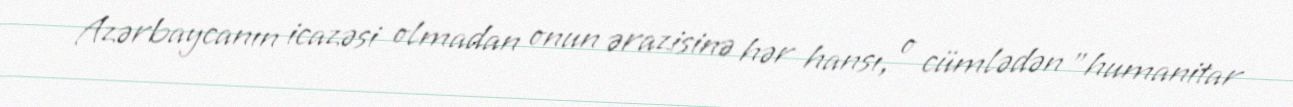
Azərbaycanın icazəsi olmadan onun ərazisinə hər hansı, o cümlədən ”humanitar